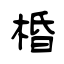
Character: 棔